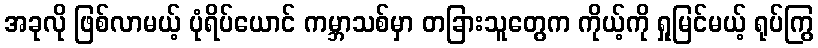
အခုလို ဖြစ်လာမယ့် ပုံရိပ်ယောင် ကမ္ဘာသစ်မှာ တခြားသူတွေက ကိုယ့်ကို ရှုမြင်မယ့် ရုပ်ကြွ